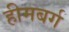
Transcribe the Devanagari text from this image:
हीमबर्ग